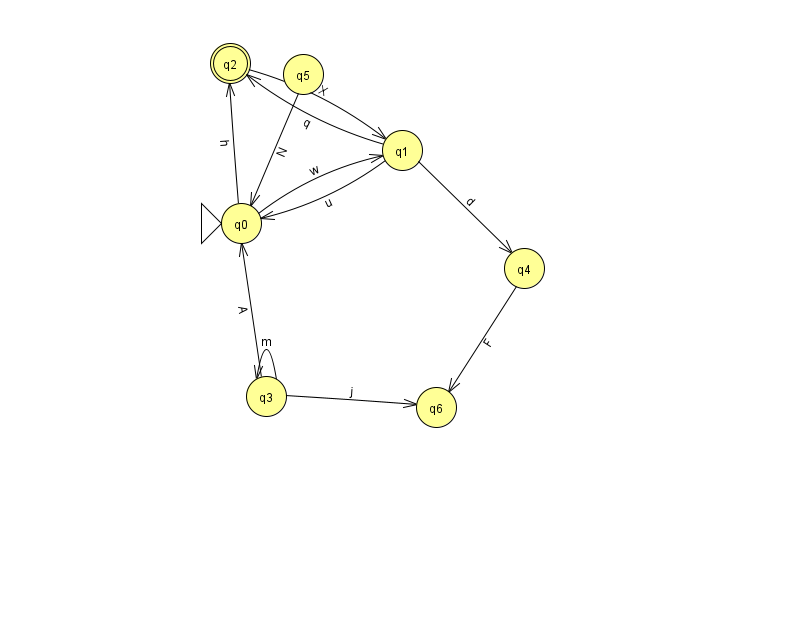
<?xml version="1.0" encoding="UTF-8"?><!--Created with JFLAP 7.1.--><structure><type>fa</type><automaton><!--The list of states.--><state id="0" name="q0"><x>241.0</x><y>210.0</y><initial/></state><state id="1" name="q1"><x>402.0</x><y>137.0</y></state><state id="2" name="q2"><x>230.0</x><y>50.0</y><final/></state><state id="3" name="q3"><x>266.0</x><y>383.0</y></state><state id="4" name="q4"><x>524.0</x><y>255.0</y></state><state id="5" name="q5"><x>303.0</x><y>61.0</y></state><state id="6" name="q6"><x>436.0</x><y>394.0</y></state><!--The list of transitions.--><transition><from>3</from><to>0</to><read>A</read></transition><transition><from>2</from><to>1</to><read>X</read></transition><transition><from>3</from><to>6</to><read>j</read></transition><transition><from>0</from><to>1</to><read>w</read></transition><transition><from>0</from><to>2</to><read>h</read></transition><transition><from>5</from><to>0</to><read>N</read></transition><transition><from>1</from><to>0</to><read>u</read></transition><transition><from>1</from><to>4</to><read>d</read></transition><transition><from>3</from><to>3</to><read>m</read></transition><transition><from>1</from><to>2</to><read>q</read></transition><transition><from>4</from><to>6</to><read>F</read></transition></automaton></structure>